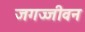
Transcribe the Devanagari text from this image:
जगज्जीवन